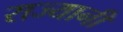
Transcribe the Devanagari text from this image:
राज्यानी